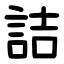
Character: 詰